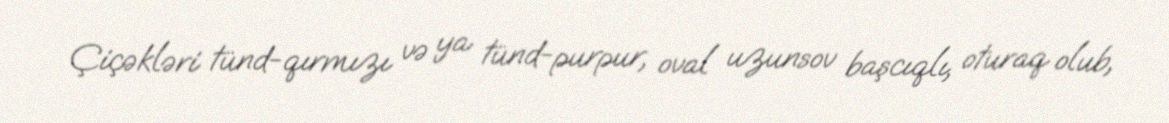
Çiçəkləri tünd-qırmızı və ya tünd-purpur, oval uzunsov başcıqlı, oturaq olub,